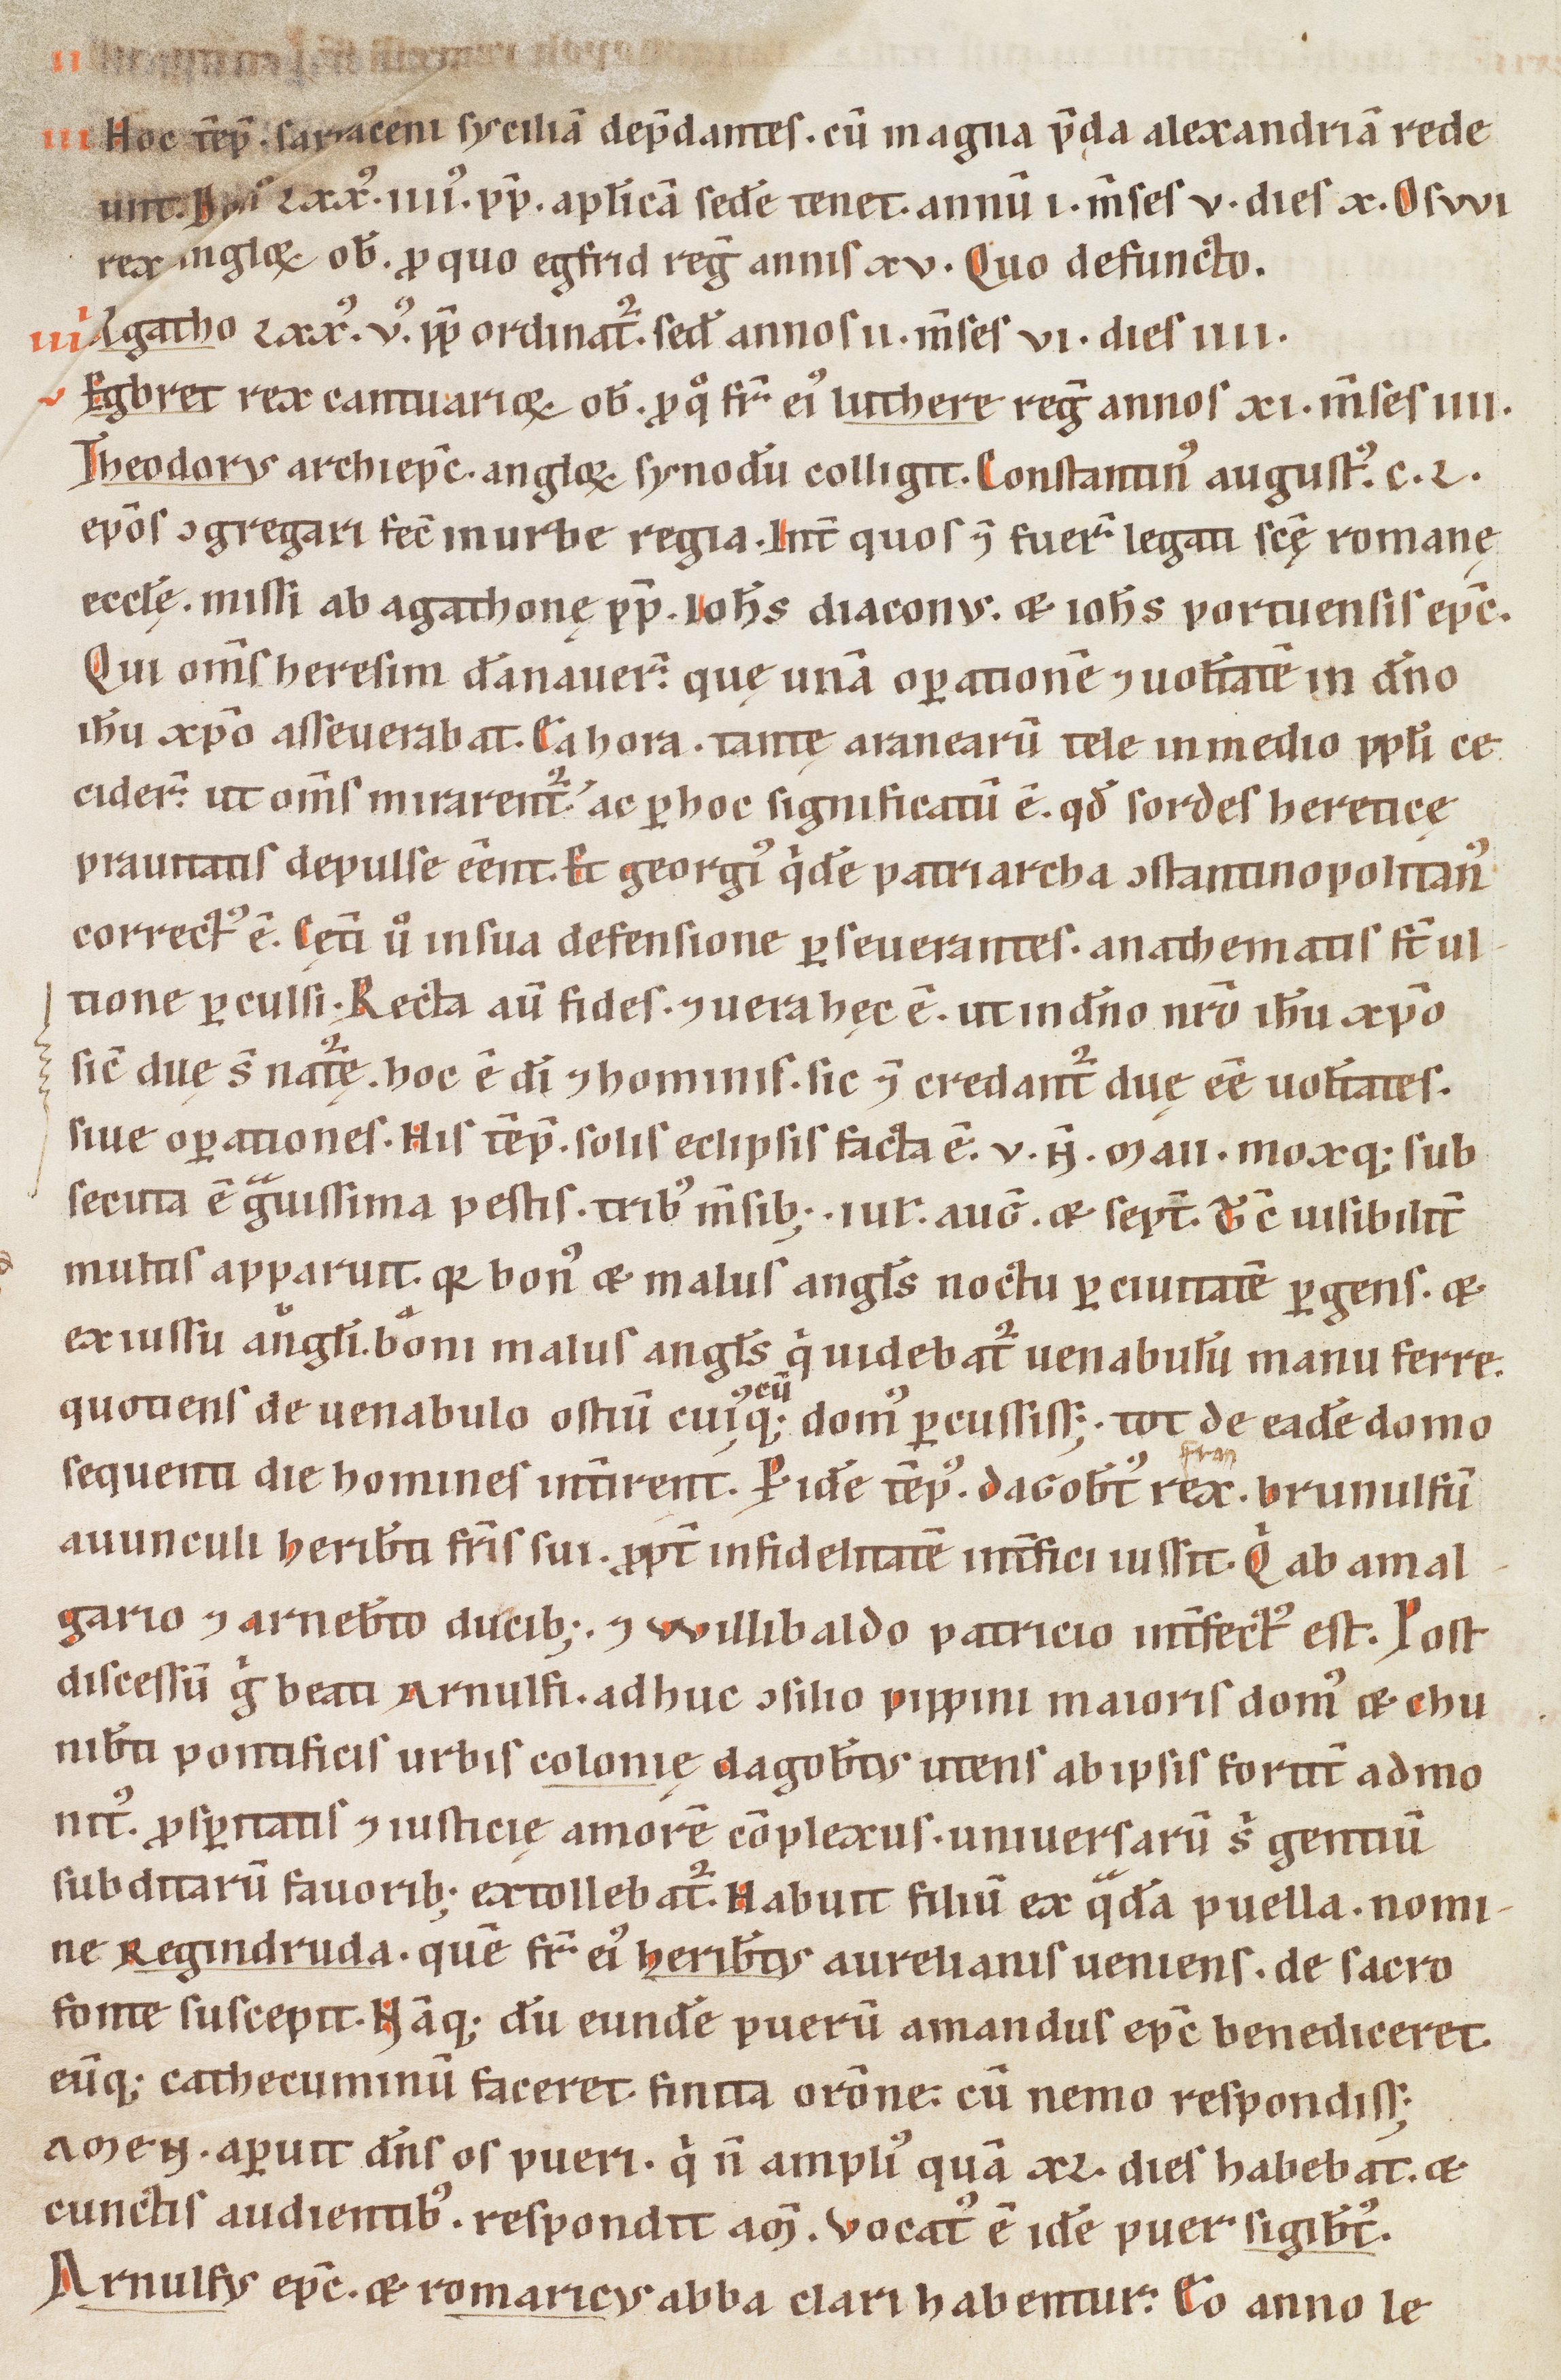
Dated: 1160–1190